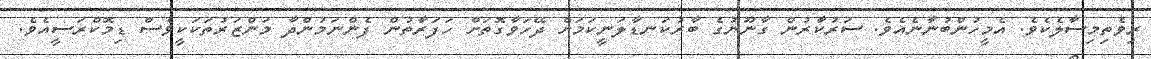
ރިވެތިމިސާލެކެވެ. އެމީހުންބުނާނެއެވެ. ސަރުކާރުން ގާނޫނުގެ ބާރުކަނޑާލަނީކަމަށް ދޭހަވާގޮތަށް ހަފަރާތުން ފެންނަމުންދާ މަންޒަރުތަކަކީވެސް ޑިމޮކްރަސީއެވެ.